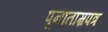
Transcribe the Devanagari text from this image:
पूनाताम्रपत्र